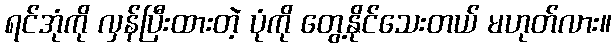
ရင်အုံကို လှန်ပြီးထားတဲ့ ပုံကို တွေ့နိုင်သေးတယ် မဟုတ်လား။